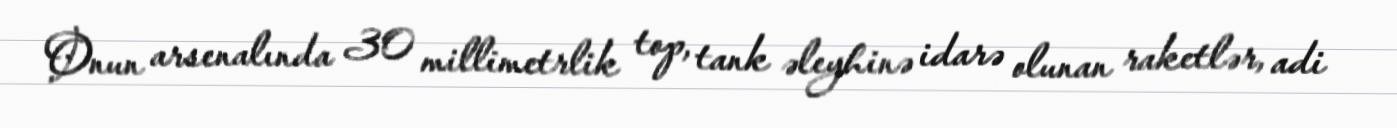
Onun arsenalında 30 millimetrlik top, tank əleyhinə idarə olunan raketlər, adi